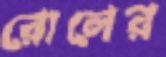
রোলের